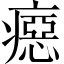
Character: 癋